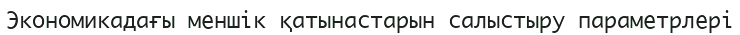
Экономикадағы меншік қатынастарын салыстыру параметрлері